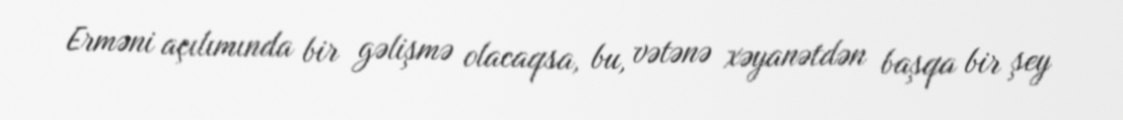
Erməni açılımında bir gəlişmə olacaqsa, bu, vətənə xəyanətdən başqa bir şey